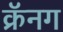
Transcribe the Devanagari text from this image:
क्रॅनग